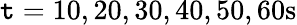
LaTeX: \mathtt{t}=10,20,30,40,50,60\mathrm{{s}}